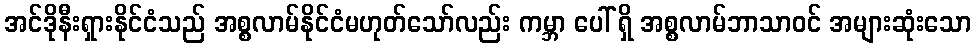
အင်ဒိုနီးရှားနိုင်ငံသည် အစ္စလာမ်နိုင်ငံမဟုတ်သော်လည်း ကမ္ဘာ ပေါ် ရှိ အစ္စလာမ်ဘာသာဝင် အများဆုံးသော